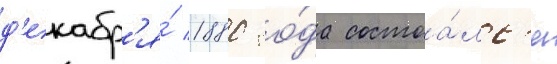
д'екабр'я́ 1880 го́да состоа́лс'я